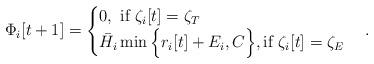
LaTeX: \begin{align*}\Phi_i[t+1]=\begin{cases}0,~\textrm{if}~\zeta_i[t]=\zeta_T\\\bar{H}_i\min \Big\{r_i[t]+E_i,C \Big\}, \textrm{if}~\zeta_i[t]=\zeta_E\\\end{cases}.\end{align*}